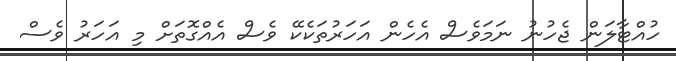
ހުއްޓާލަން ޖެހުނު ނަމަވެސް އެހެން އަހަރުތަކެކޭ ވެސް އެއްގޮތަށް މި އަހަރު ވެސް